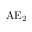
\operatorname { A E } _ { 2 }